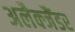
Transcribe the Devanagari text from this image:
अलैक्जैंडर